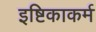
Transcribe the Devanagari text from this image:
इष्टिकाकर्म